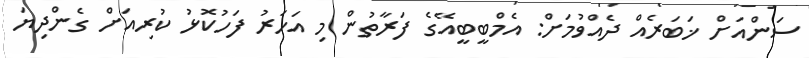
ސަންއަށް ޚަބަރެއް ދެއްވުމަށް: އެމްބީބީއޭގެ ފަރާތުން މި އަހަރު ފަހުކޮޅު ކުރިއަށް ގެންދިޔަ